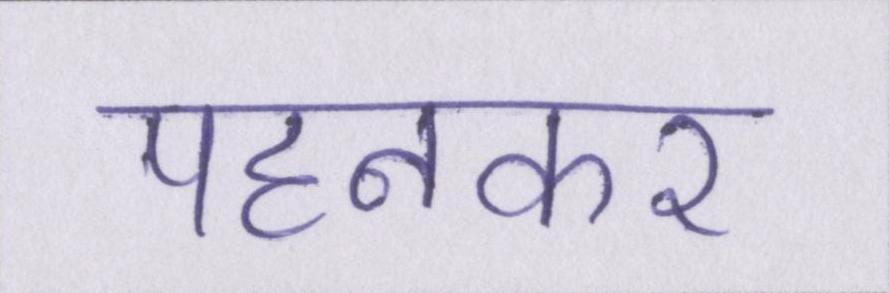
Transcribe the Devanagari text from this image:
पहनकर